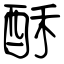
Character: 酥